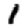
Digit: 1